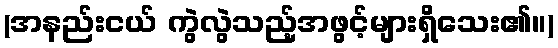
(အနည်းငယ် ကွဲလွဲသည့်အဖွင့်များရှိသေး၏။)